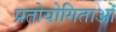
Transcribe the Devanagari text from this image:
प्रतोयोगिताओं